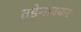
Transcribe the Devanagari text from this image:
तडेगावकर